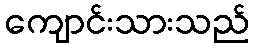
ကျောင်းသားသည်